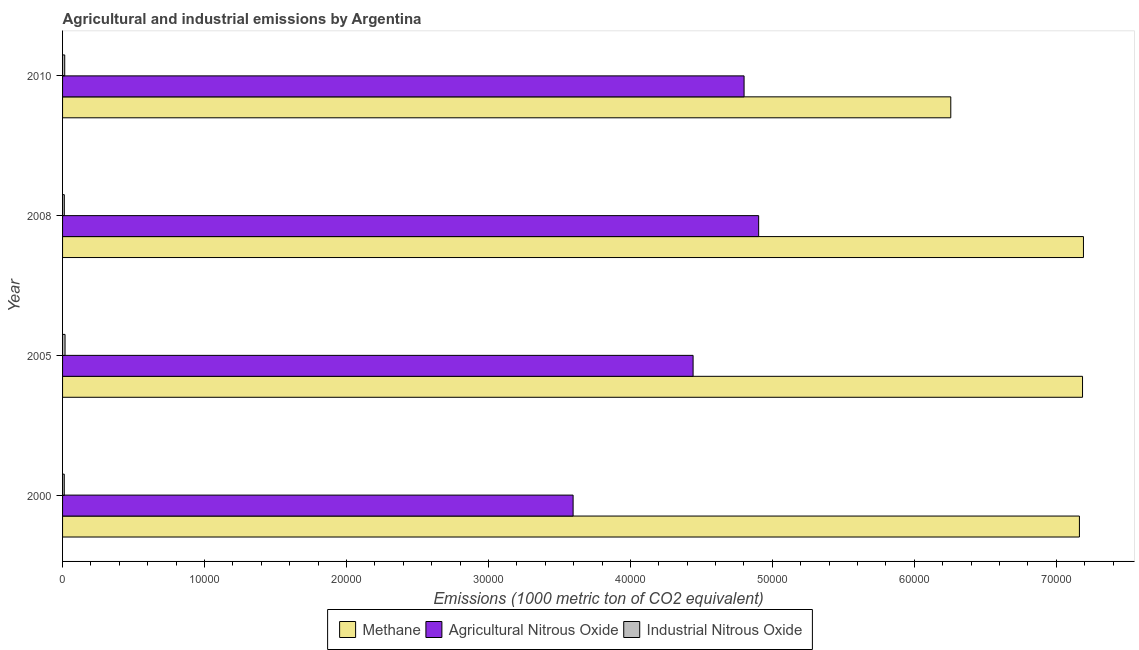
| Year | Methane | Agricultural Nitrous Oxide | Industrial Nitrous Oxide |
 | --- | --- | --- | --- |
 | 2000 | 7.16e+04 | 3.6e+04 | 120 |
 | 2005 | 7.19e+04 | 4.44e+04 | 174 |
 | 2008 | 7.19e+04 | 4.9e+04 | 123 |
 | 2010 | 6.26e+04 | 4.8e+04 | 152 |